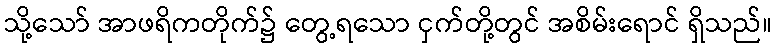
သို့သော် အာဖရိကတိုက်၌ တွေ့ရသော ငှက်တို့တွင် အစိမ်းရောင် ရှိသည်။